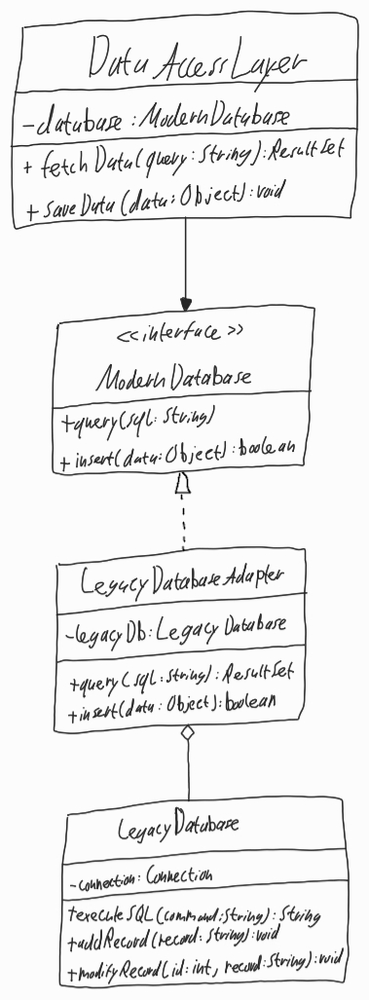
Diagram type: class_diagram
```plantuml
@startuml

class DataAccessLayer {
  - database: ModernDatabase
  + fetchData(query: String): ResultSet
  + saveData(data: Object): void
}

interface ModernDatabase {
  + query(sql: String)
  + insert(data: Object): boolean
}

class LegacyDatabaseAdapter implements ModernDatabase {
  - legacyDb: LegacyDatabase
  + query(sql: String): ResultSet
  + insert(data: Object): boolean
}

class LegacyDatabase {
  - connection: Connection
  + executeSQL(command: String): String
  + addRecord(record: String): void
  + modifyRecord(id: int, record: String): void
}

DataAccessLayer --> ModernDatabase

LegacyDatabaseAdapter o-- LegacyDatabase

@enduml
```